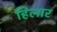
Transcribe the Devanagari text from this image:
हिलार